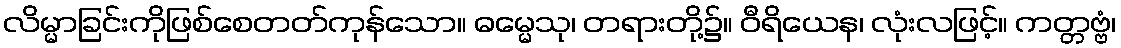
လိမ္မာခြင်းကိုဖြစ်စေတတ်ကုန်သော။ ဓမ္မေသု၊ တရားတို့၌။ ဝီရိယေန၊ လုံးလဖြင့်။ ကတ္တဗ္ဗံ၊